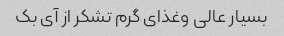
بسیار عالی وغذای گرم تشکر از آی بک